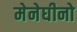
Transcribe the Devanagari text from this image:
मेनेघीनो